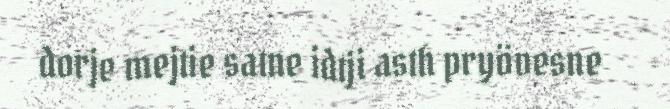
dorje mejtie satne idtji asth pryövesne